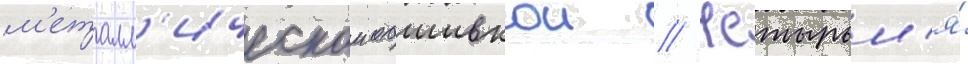
м'еталл'ическои обшивкои // Четырьм'я́